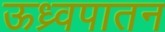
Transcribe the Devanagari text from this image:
ऊध्र्वपातन